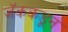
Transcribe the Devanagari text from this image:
जॅककडून